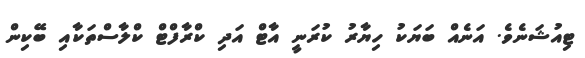
ޓިއުޝަނެވެ. އަނެއް ބަޔަކު ހިޔާރު ކުރަނީ އާޓް އަދި ކްރާފްޓް ކްލާސްތަކާއި ބޭކިން